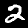
Digit: 2